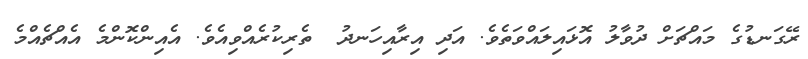
ރޭގަނޑުގެ މައްޗަށް ދުވާލު އޮޅައިލައްވަތެވެ. އަދި އިރާއިހަނދު  ތެރިކުރެއްވިއެވެ. އެއިންކޮންމެ އެއްޗެއްމެ